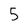
Character: 5